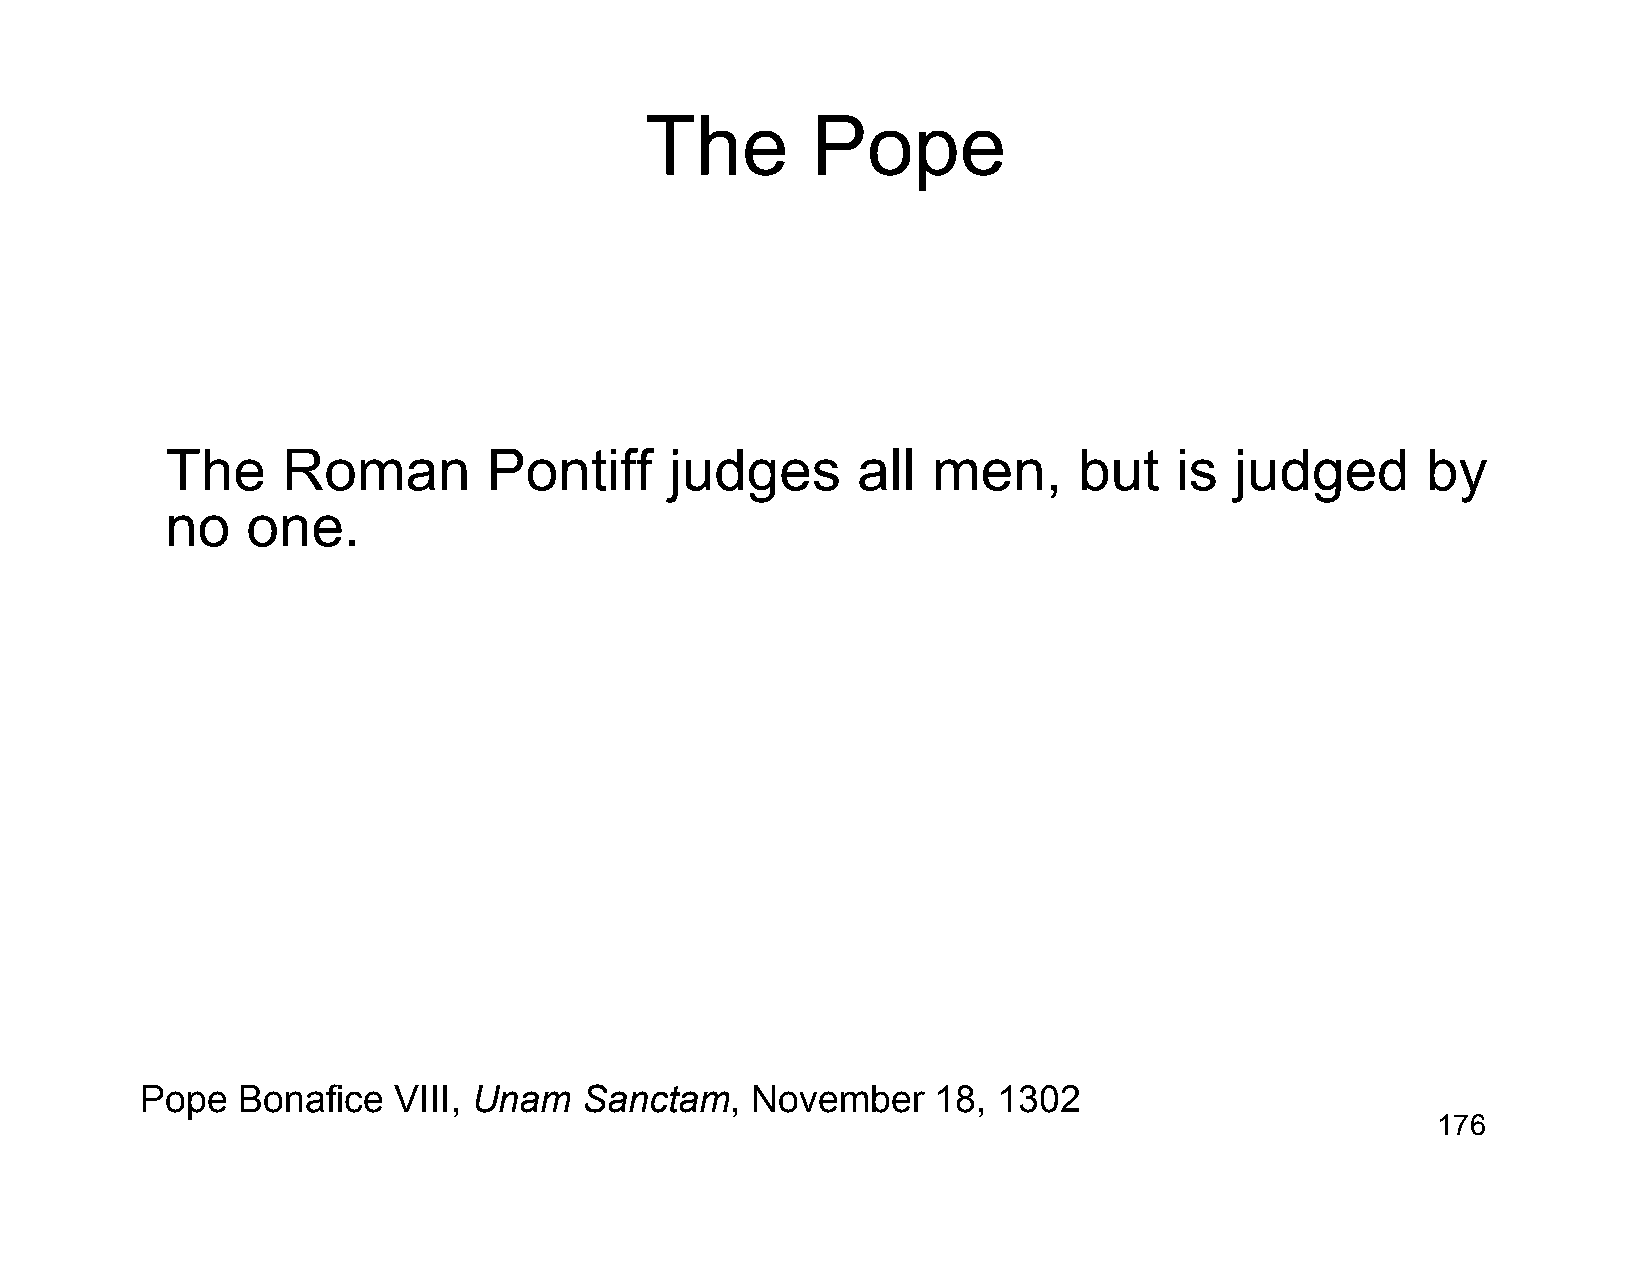
The        Pope
 The     Roman        Pontiff     judges       all  men,     but    is  judged      by
 no   one.
 Pope   Bonafice  VIII, Unam   Sanctam,   November    18, 1302
 176